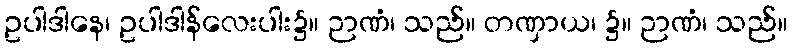
ဥပါဒါနေ၊ ဥပါဒါန်လေးပါး၌။ ဉာဏံ၊ သည်။ တဏှာယ၊ ၌။ ဉာဏံ၊ သည်။